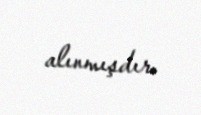
alınmışdır.